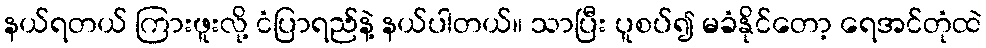
နယ်ရတယ် ကြားဖူးလို့ ငံပြာရည်နဲ့ နယ်ပါတယ်။ သာပြီး ပူစပ်၍ မခံနိုင်တော့ ရေအင်တုံထဲ